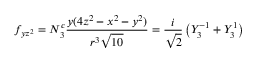
f _ { y z ^ { 2 } } = N _ { 3 } ^ { c } { \frac { y ( 4 z ^ { 2 } - x ^ { 2 } - y ^ { 2 } ) } { r ^ { 3 } { \sqrt { 1 0 } } } } = { \frac { i } { \sqrt { 2 } } } \left( Y _ { 3 } ^ { - 1 } + Y _ { 3 } ^ { 1 } \right)